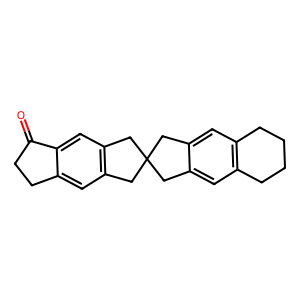
SMILES: O=C1CCc2cc3c(cc21)CC1(Cc2cc4c(cc2C1)CCCC4)C3
Inhibits HIV replication: No